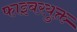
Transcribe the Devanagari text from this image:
फाइबरयुक्त